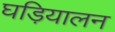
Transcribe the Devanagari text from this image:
घड़ियालन